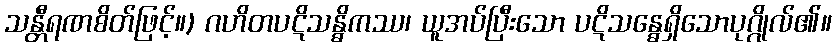
သန္တီရဏစိတ်ဖြင့်။) ဂဟိတပဋိသန္ဓိကဿ၊ ယူအပ်ပြီးသော ပဋိသန္ဓေရှိသောပုဂ္ဂိုလ်၏။